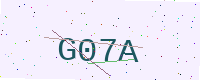
Text: G07A